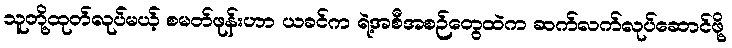
သူတို့ထုတ်လုပ်မယ့် စမတ်ဖုန်းဟာ ယခင်က ရဲ့အစီအစဉ်တွေထဲက ဆက်လက်လုပ်ဆောင်ဖို့